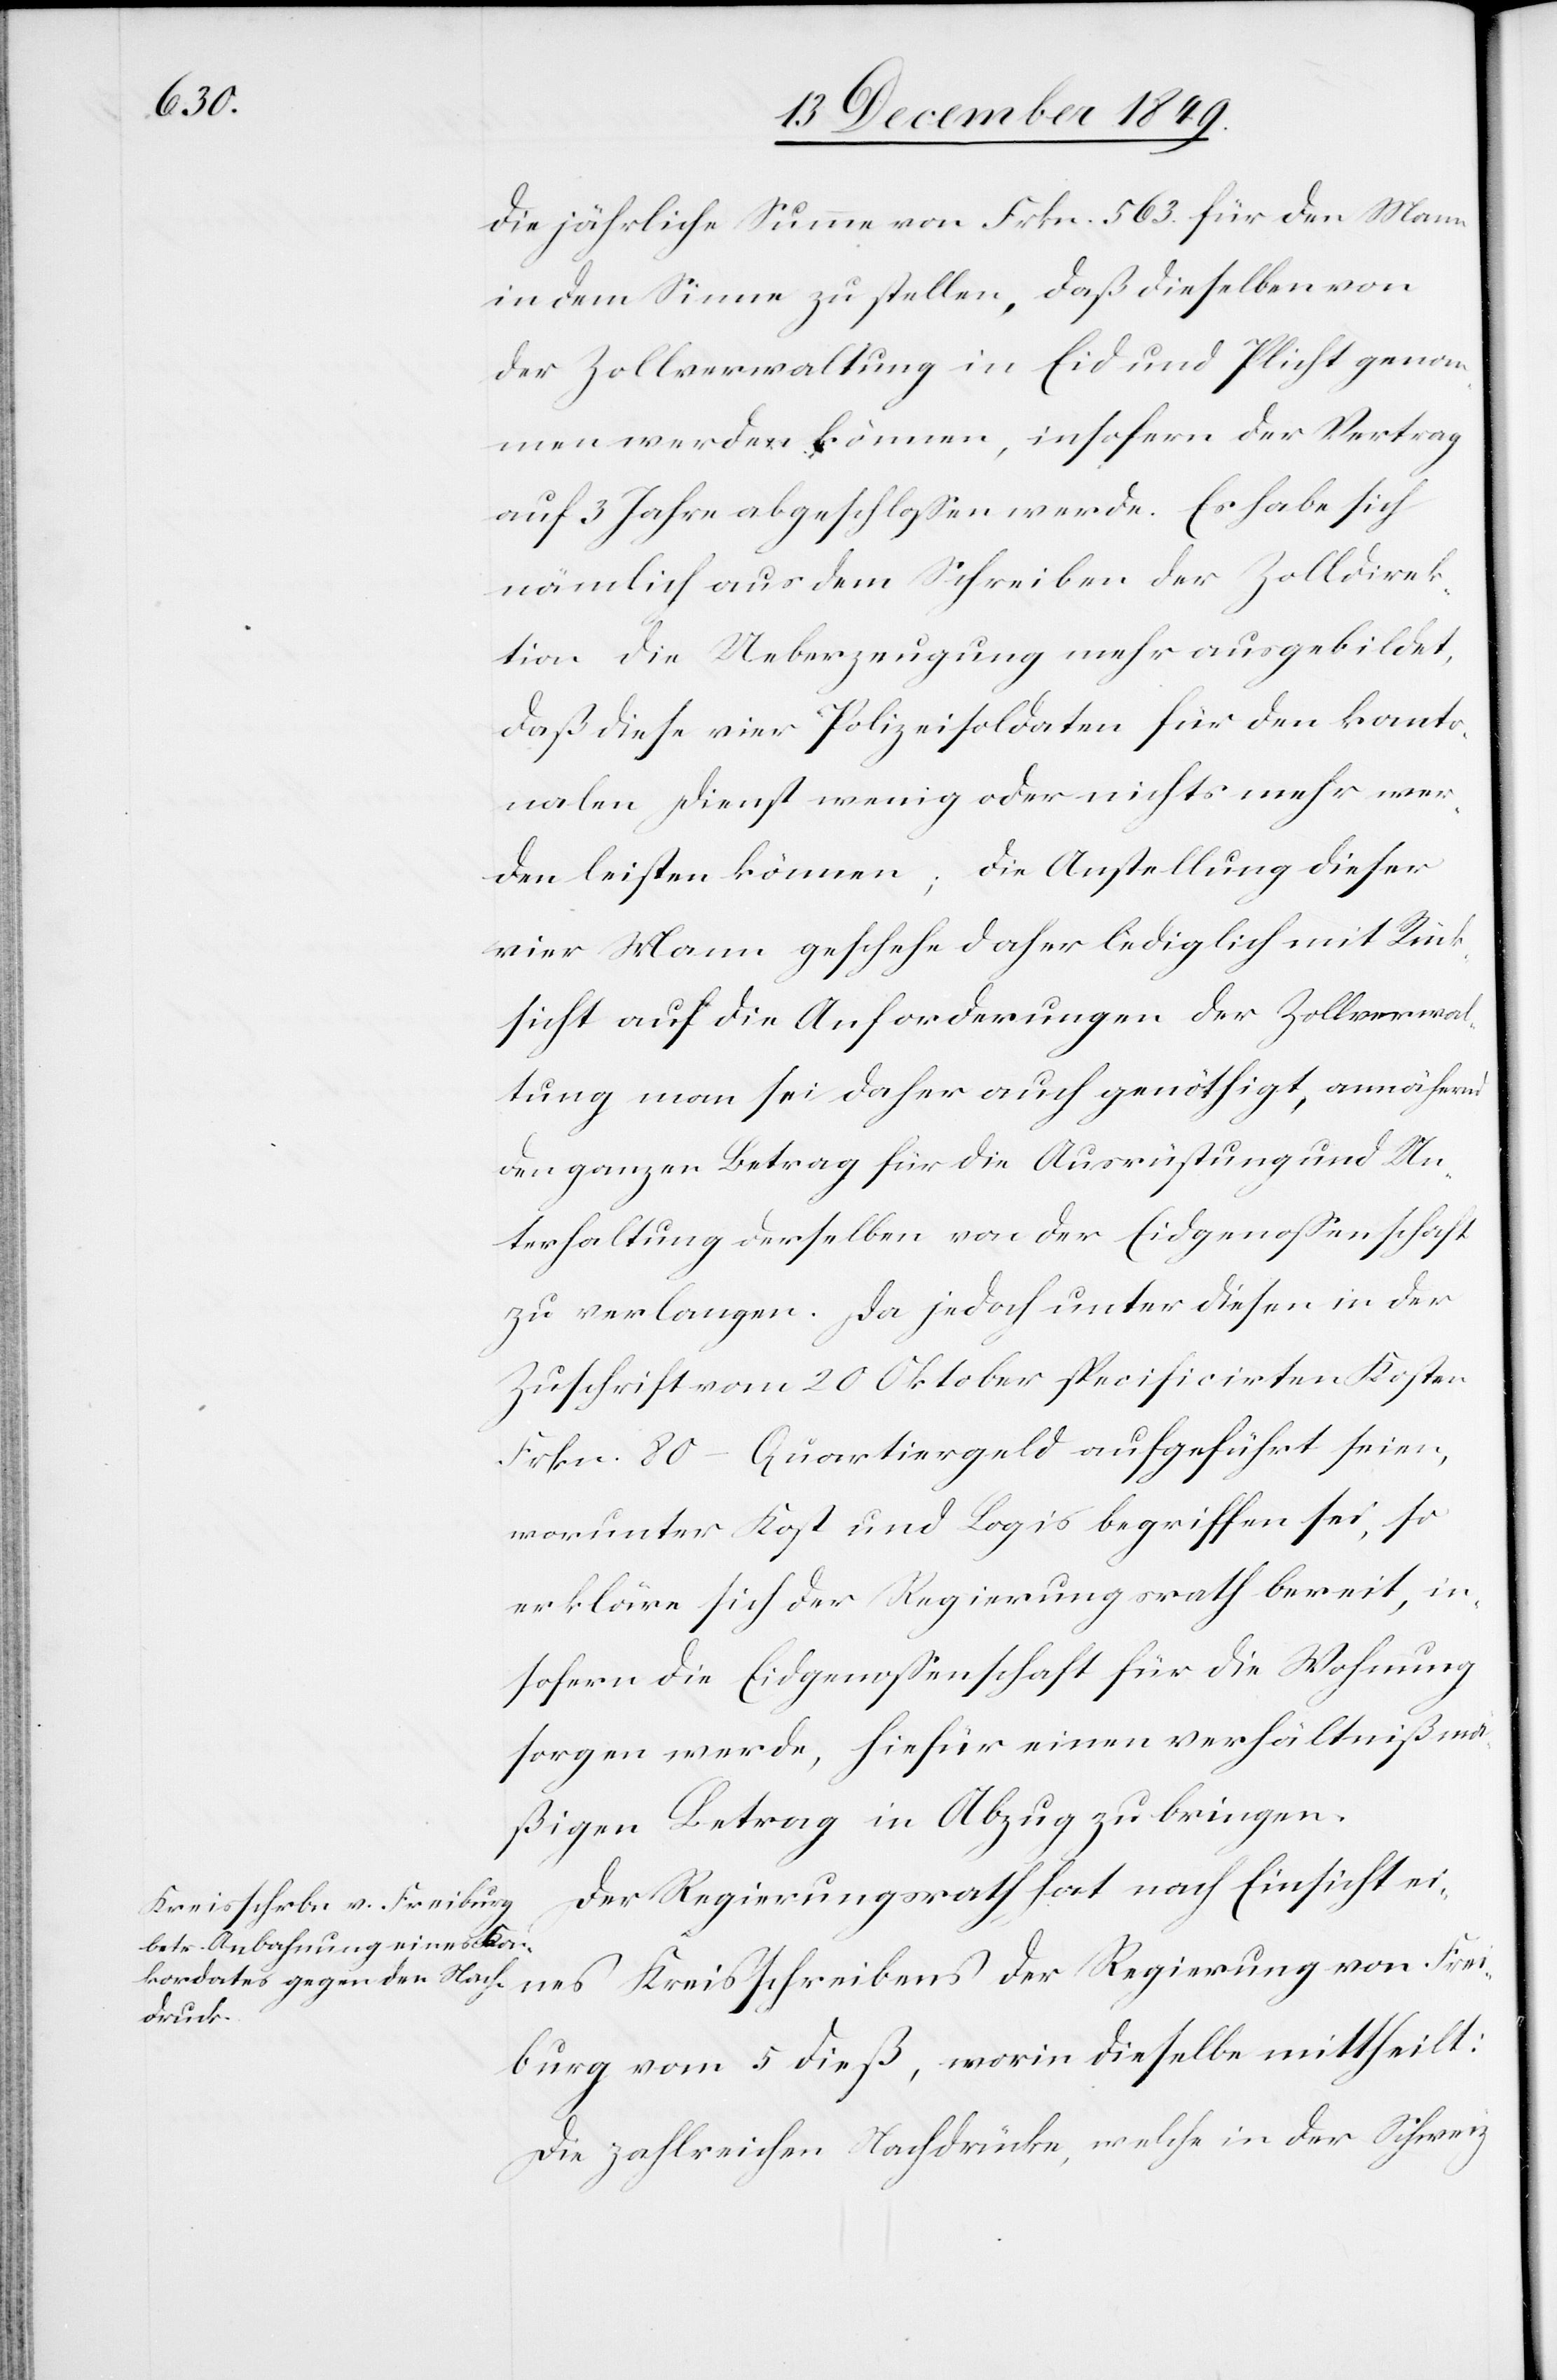
die jährliche Summe von Frkn. 563. für den Mann
in dem Sinne zu stellen, daß dieselben von
der Zollverwaltung in Eid und Pflicht genom¬
men werden können, insofern der Vertrag
auf 3 Jahre abgeschloßen werde. Es habe sich
nämlich aus dem Schreiben der Zolldirek¬
tion die Ueberzeugung mehr als ausgebildet,
daß diese vier Polizeisoldaten für den kanto¬
nalen Dienst wenig oder nichts mehr wer¬
den leisten können; die Anstellung dieser
vier Mann geschehe daher lediglich mit Rück¬
sicht auf die Anforderungen der Zollverwal¬
tung man sei daher auch genöthigt, annähernd
den ganzen Betrag für die Ausrüstung und Un¬
terhaltung derselben von der Eidgenossenschaft
zu verlangen. Da jedoch unter diesen in der
Zuschrift vom 20 Oktober specificirten Kosten
Frkn. 80 – Quartiergeld aufgeführt seien,
worunter Kost und Logis begriffen sei, so
erkläre sich der Regierungsrath bereit, in¬
sofern die Eidgenossenschaft für die Wohnung
sorgen werde, hiefür einen verhältnißmä¬
ßigen Betrag in Abzug zu bringen.
Der Regierungsrath hat nach Einsicht ei¬
nes Kreisschreibens der Regierung von Frei¬
burg vom 5 dieß, worin dieselbe mittheilt:
Die zahlreichen Nachdrücke, welche in der Schweiz